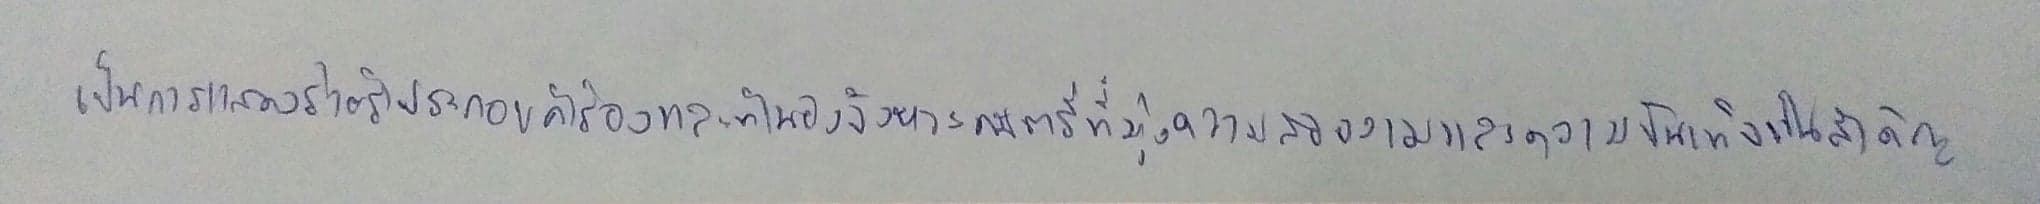
เป็นการแสดงร่ายรำประกอบคำร้องและทำนองจังหวะดนตรีที่มุ่งความสวยงามและความบันเทิงเป็นสำคัญ